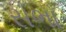
સભા